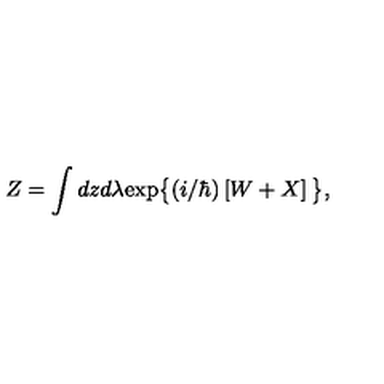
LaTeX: Z = \int d z d \lambda \mathrm { e x p } \big \{ ( i / \hbar ) \left[ W + X \right] \big \} ,